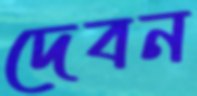
দেবন